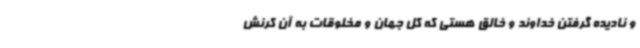
و نادیده گرفتن خداوند و خالق هستی که کل جهان و مخلوقات به آن کرنش